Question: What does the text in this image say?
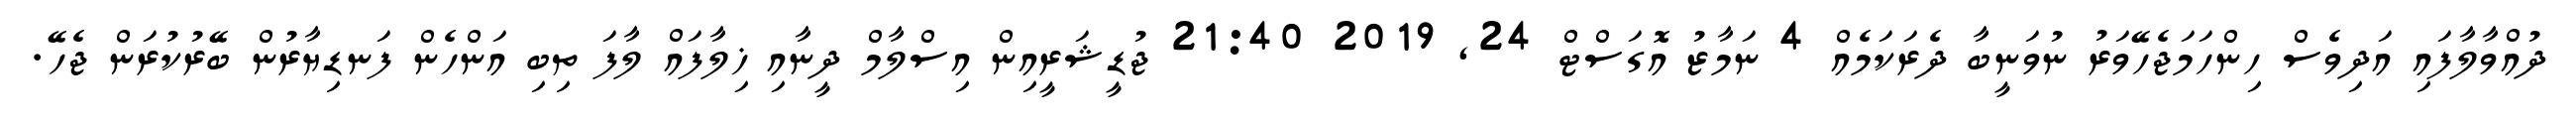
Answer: ދުއްވާލާފައި އަދިވެސް ހިންހަމަޖެހޭވަރު ނުވަނީބާ ދެރަކަމެއް 4 ނަމާޒު އޮގަސްޓް 24, 2019 21:40 ޖުޑީޝަރީއިން އިސްލާމް ދީނާއި ޚިލާފައް ލާފަ ތިބި އަންހެން ފަނޑިޔާރުން ބޭރުކުރަން ޖެހޭ.